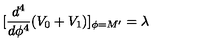
[ \frac { d ^ { 4 } } { d \phi ^ { 4 } } ( V _ { 0 } + V _ { 1 } ) ] _ { \phi = M ^ { \prime } } = \lambda